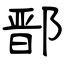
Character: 鄑